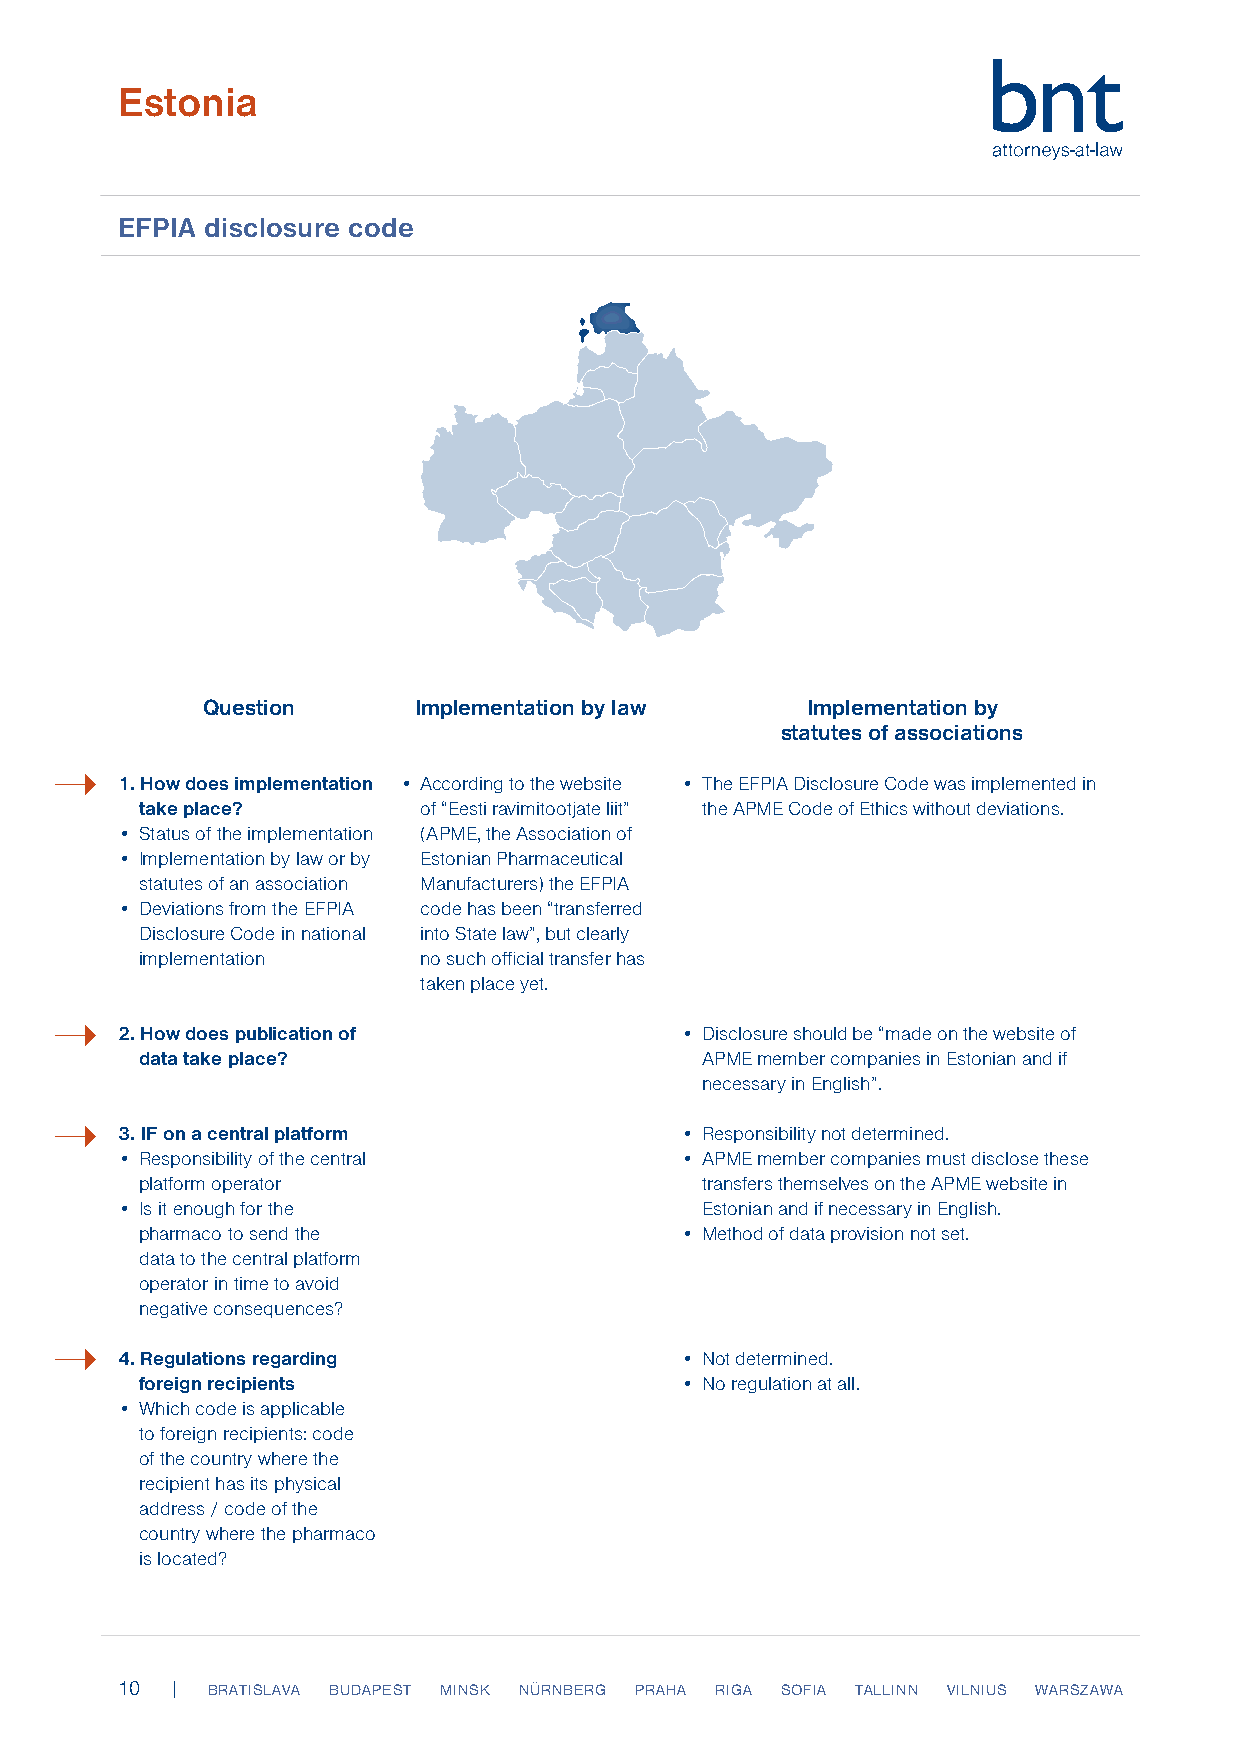
Estonia
 EFPIA disclosure code
 Question      Implementation by law     Implementation by
 statutes of associations
 ➝
 1. How does implementation • According to the website • The EFPIA Disclosure Code was implemented in
 take place?        of “Eesti ravimitootjate liit” the APME Code of Ethics without deviations.
 • Status of the implementation (APME, the Association of
 • Implementation by law or by Estonian Pharmaceutical
 statutes of an association Manufacturers) the EFPIA
 • Deviations from the EFPIA code has been “transferred
 Disclosure Code in national into State law”, but clearly
 implementation     no such official transfer has
 taken place yet.
 ➝
 2. How does publication of           • Disclosure should be “made on the website of
 data take place?                     APME member companies in Estonian and if
 necessary in English”.
 ➝
 3. IF on a central platform          • Responsibility not determined.
 • Responsibility of the central      • APME member companies must disclose these
 platform operator                    transfers themselves on the APME website in
 • Is it enough for the                Estonian and if necessary in English.
 pharmaco to send the                • Method of data provision not set.
 data to the central platform
 operator in time to avoid
 negative consequences?
 ➝
 4. Regulations regarding             • Not determined.
 foreign recipients                  • No regulation at all.
 • Which code is applicable
 to foreign recipients: code
 of the country where the
 recipient has its physical
 address / code of the
 country where the pharmaco
 is located?
 10 |  BRATISLAVA BUDAPEST MINSK NÜRNBERG PRAHA RIGA SOFIA TALLINN VILNIUS WARSZAWA